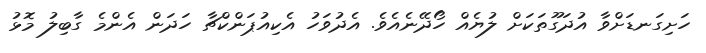
ހަށިގަނޑަށްވާ އުދަގޫތަކަށް ލުޔެއް ހޯދޭނެއެވެ. އެދުވަހު އެކިއުޕަންކްޗާ ހަދަން އެންމެ ގާބިލު މޮޅު